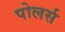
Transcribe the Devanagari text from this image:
पोलर्स